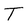
Character: T